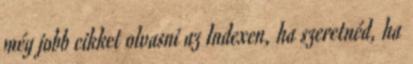
még jobb cikket olvasni az Indexen, ha szeretnéd, ha